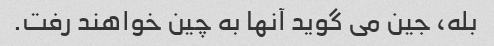
بله، جین می گوید آنها به چین خواهند رفت.